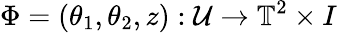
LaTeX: \Phi=(\theta_{1},\theta_{2},z):\mathcal{U}\to\mathbb{T}^{2}\times I